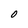
Character: O